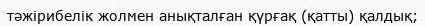
тәжірибелік жолмен анықталған қүрғақ (қатты) қалдық;